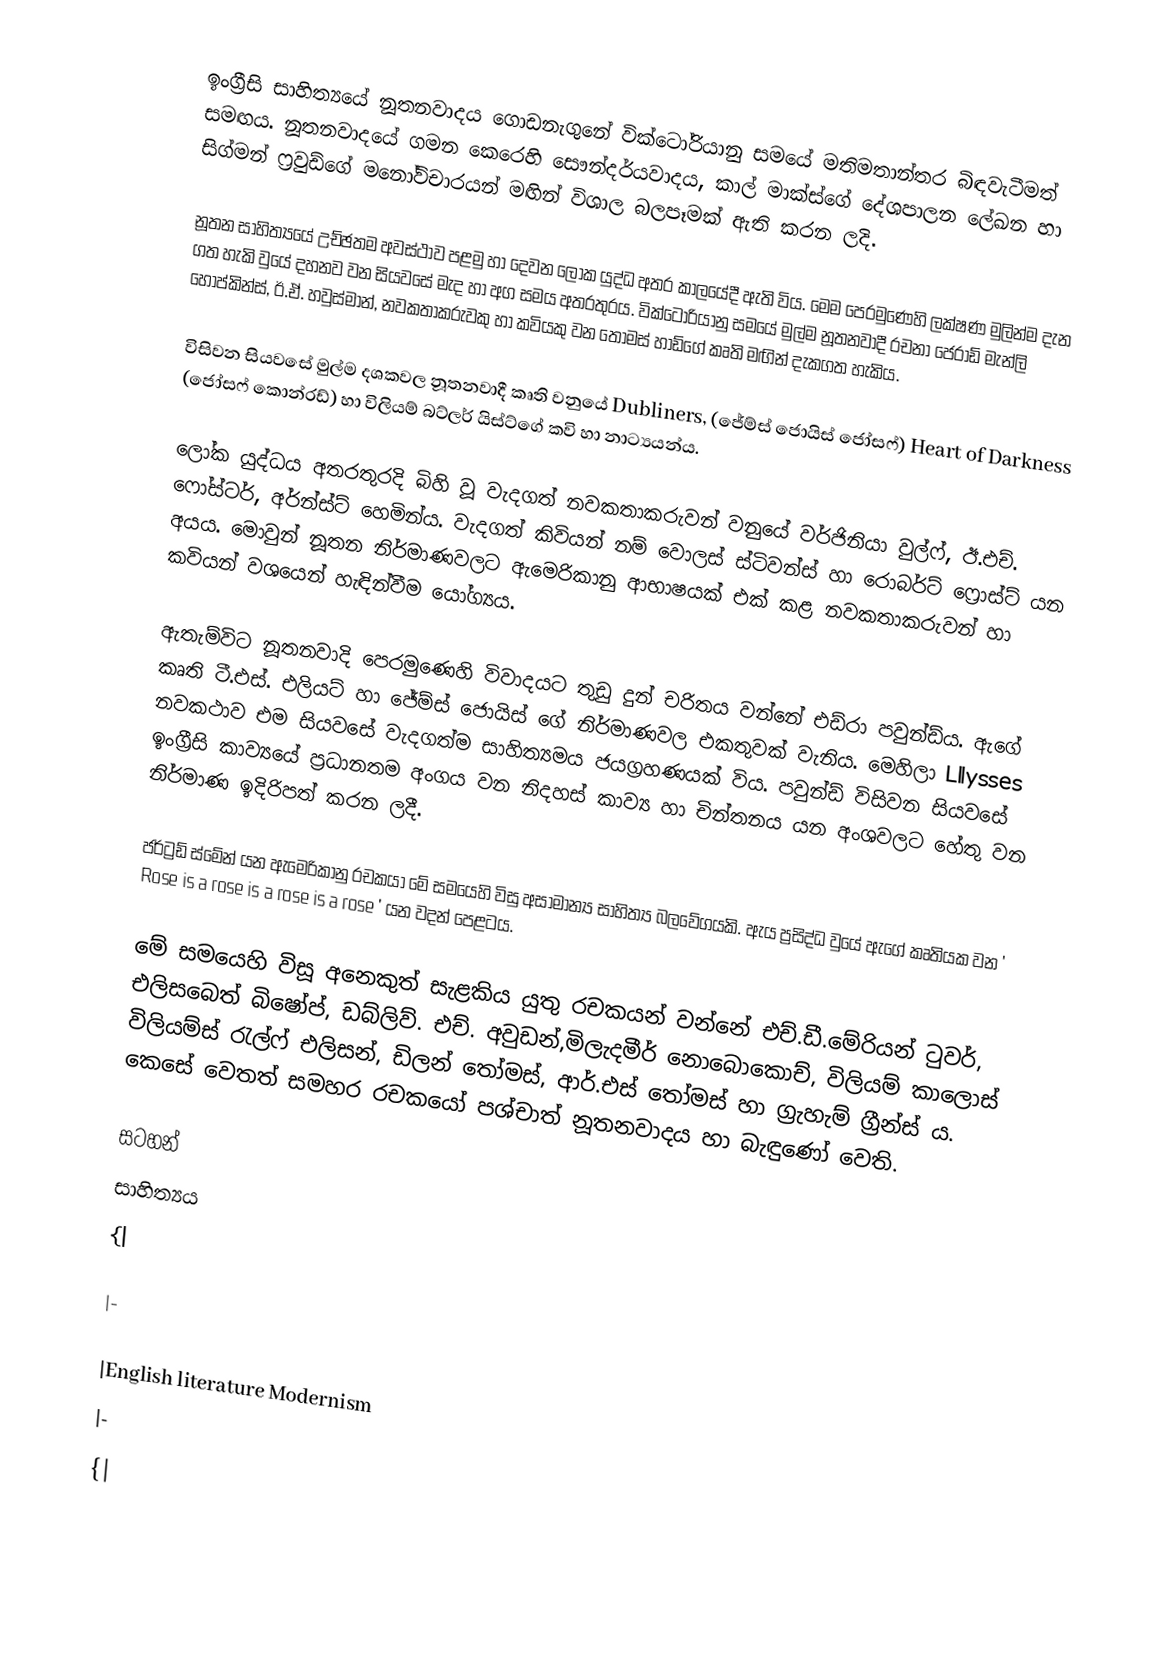
ඉංග්‍රීසි සාහිත්‍යයේ නූතනවාදය ගොඩනැගුනේ වික්ටෝරියානු සමයේ මතිමතාන්තර බිඳවැටීමත් සමඟය. නූතනවාදයේ ගමන  කෙරෙහි සෞන්දර්යවාදය, කාල් මාක්ස්ගේ දේශපාලන ලේඛන හා සිග්මන් ෆ්‍රවුඩ්ගේ මනෝවිචාරයන් මඟින් විශාල බලපෑමක් ඇති කරන ලදි.

නූතන සාහිත්‍යයේ උච්ඡතම අවස්ථාව පළමු හා දෙවන ලෝක යුද්ධ අතර කා‍ලයේදී ඇති විය. මෙම පෙරමුණෙහි ලක්ෂණ මුලින්ම දැන ගත හැකි වුයේ දහනව වන සියවසේ මැද හා අග සමය අතරතුරය. වික්ටෝරියානු සමයේ මුල්ම නූතනවාදී රචනා ජෙරාඩ් මැන්ලි හොප්කින්ස්, ඊ.ඒ. හවුස්මාන්, නවකතාකරුවකු හා කවියකු වන තෝමස් හාඩ්ගේ කෘති මඟින් දැකගත හැකිය.

විසිවන සියවසේ මුල්ම දශකවල නූතනවාදී කෘති වනුයේ  Dubliners,  (ජේම්ස් ජොයිස් ජෝසෆ්) Heart of Darkness (ජෝසෆ් කොන්රඩ්) හා විලියම් බට්ලර් යිස්ට්ගේ කවි හා නාට්‍යයන්ය.

ලෝක යුද්ධය අතරතුරදි බිහි වූ වැදගත් නවකතාකරුවන් වනුයේ වර්ජිනියා වුල්ෆ්, ඊ.එච්. ෆෝස්ටර්, අර්න්ස්ට් හෙමින්ය. වැදගත් කිවියන් නම් වොලස් ස්ටිවන්ස් හා රොබර්ට් ෆ්‍රොස්ට් යන අයය. මොවුන් නූතන නිර්මාණවලට ඇමෙරිකානු ආභාෂයක් එක් කළ නවකතාකරුවන් හා කවියන් වශයෙන් හැඳින්වීම යෝග්‍යය.

ඇතැම්විට නූතනවාදි පෙරමුණෙහි විවාදයට තුඩු දුන් චරිතය වන්නේ එඩ්රා පවුන්ඩ්ය. ඇගේ කෘති ටී.එස්. එලියට් හා ජේම්ස් ‍ජොයිස් ගේ නිර්මාණවල එකතුවක් වැනිය. මෙහිලා Lllysses නවකථාව  එම සියවසේ වැදගත්ම සාහිත්‍යමය ජයග්‍රහණයක් විය. පවුන්ඩ් විසිවන සියවසේ ඉංග්‍රීසි කාව්‍යයේ ප්‍රධානතම අංගය වන නිදහස් කාව්‍ය හා චින්තනය යන අංශවලට හේතු වන නිර්මාණ ඉදිරිපත් කරන ලදී.

ජර්ට්‍රඩ් ස්මේන් යන ඇමෙරිකානු රචකයා මේ සමයෙහි විසු අසාමාන්‍ය සාහිත්‍ය බලවේගයකි. ඇය ප්‍රසිද්ධ වුයේ ඇගේ කෘතියක වන ' Rose is a rose is a rose is a rose ' යන වදන් පෙළටය.

මේ සමයෙහි විසූ අනෙකුත් සැළකිය යුතු රචකයන් වන්නේ එච්.ඩී.මේරියන් ටුවර්, එලිසබෙත් බිෂෝප්, ඩබ්ලිව්. එච්. අවුඩන්,මිලැදමීර් නොබොකොච්, විලියම් කාලොස් විලියම්ස් රැල්ෆ් එලිසන්, ඩිලන් තෝමස්, ආර්.එස් තෝමස් හා ග්‍රැහැම් ග්‍රීන්ස් ය. කෙසේ වෙතත් සමහර රචකයෝ පශ්චාත් නූතනවාදය හා බැඳුණෝ වෙති.

සටහන්
සාහිත්‍යය
{|

|-

|English literature Modernism
|-
{|